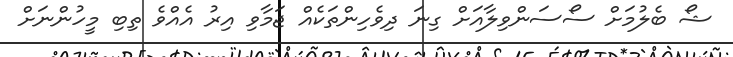
ޝޯ ބެލުމަށް ސޯސަންވިލާއަށް ގިނަ ދިވެހިންތަކެއް ޖަމާވި އިރު އެއްވެ ތިބި މީހުންނަށް